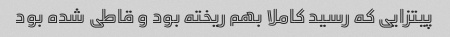
پیتزایی که رسید کاملا بهم ریخته بود و قاطی شده بود